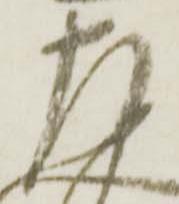
左